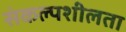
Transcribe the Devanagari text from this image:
संकल्पशीलता